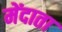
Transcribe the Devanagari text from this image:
मेंदाता